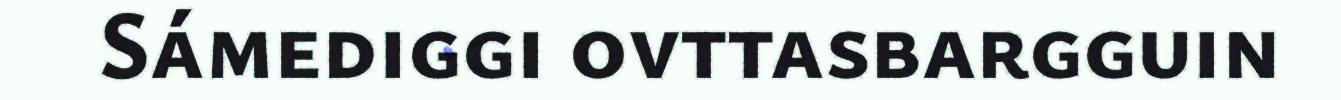
Sámediggi ovttasbargguin